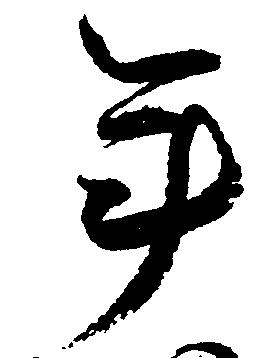
年